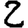
Digit: 2